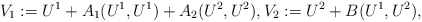
\begin{align*}V_{1} := U^{1} + A_{1} (U^{1}, U^{1}) + A_{2} (U^{2}, U^{2}), V_{2} := U^{2} + B(U^{1}, U^{2}),\end{align*}